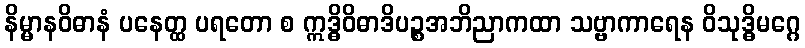
နိမ္မာနဝိဓာနံ ပနေတ္ထ ပရတော စ ဣဒ္ဓိဝိဓာဒိပဉ္စအဘိညာကထာ သဗ္ဗာကာရေန ဝိသုဒ္ဓိမဂ္ဂေ